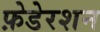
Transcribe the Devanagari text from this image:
फ़ेडेरशन